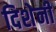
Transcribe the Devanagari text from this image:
दिशेनी